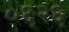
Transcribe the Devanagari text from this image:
०६२६